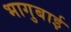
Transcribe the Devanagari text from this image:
भागुबाई